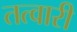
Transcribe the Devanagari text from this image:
तत्वारी